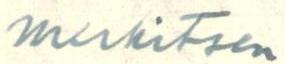
merkitsen